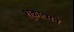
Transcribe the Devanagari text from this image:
शुक्रात्मने